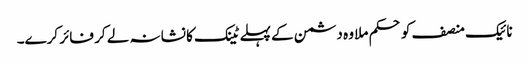
نائیک منصف کو حکم ملا وہ دشمن کے پہلے ٹینک کا نشانہ لے کر فائر کرے۔